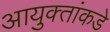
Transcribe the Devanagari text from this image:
आयुक्‍तांकडे